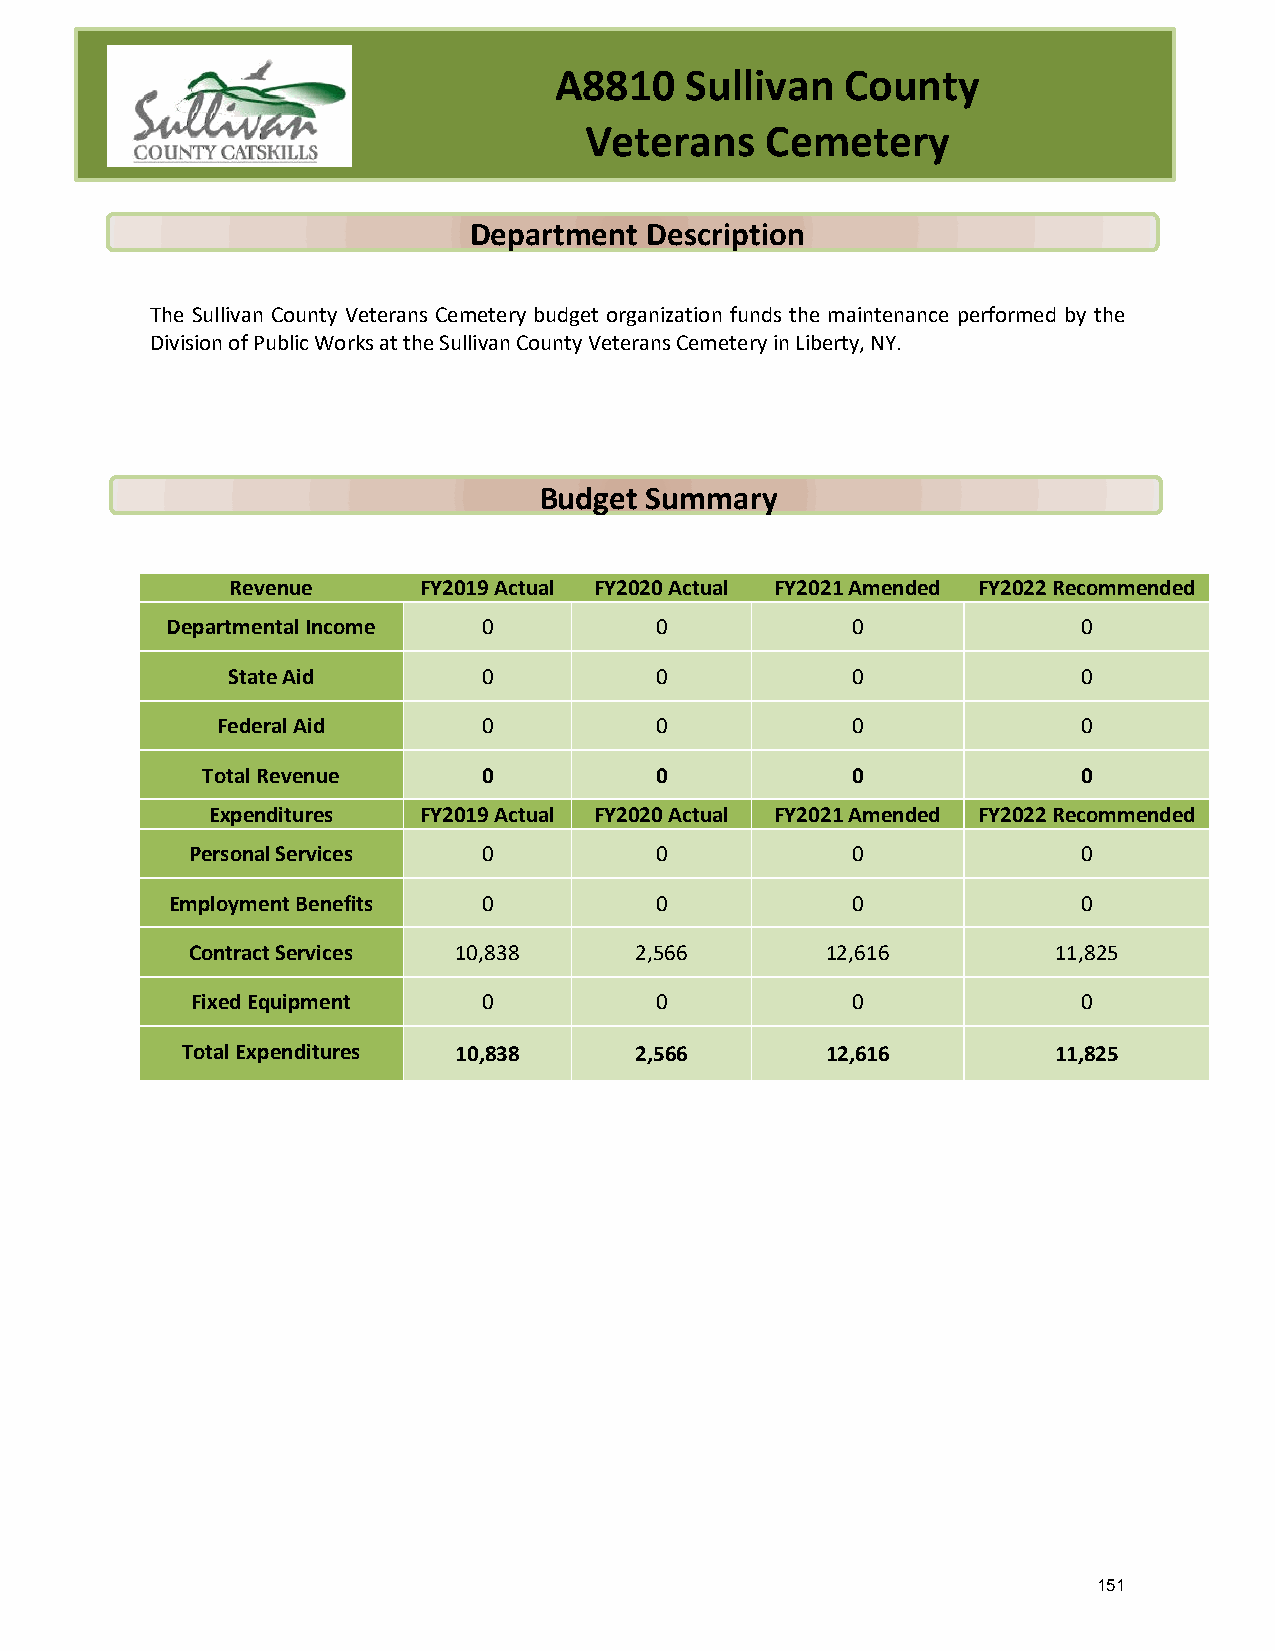
A8810   Sullivan   County
 Veterans    Cemetery
 Department  Description
 The Sullivan County Veterans Cemetery budget organization funds the maintenance performed by the
 Division of Public Works at the Sullivan County Veterans Cemetery in Liberty, NY.
 Budget Summary
 Revenue      FY2019 Actual FY2020 Actual FY2021 Amended FY2022 Recommended
 Departmental Income  0          0            0               0
 State Aid        0          0            0               0
 Federal Aid       0          0            0               0
 Total Revenue      0          0            0               0
 Expenditures  FY2019 Actual FY2020 Actual FY2021 Amended FY2022 Recommended
 Personal Services   0          0            0               0
 Employment Benefits  0          0            0               0
 Contract Services 10,838      2,566        12,616         11,825
 Fixed Equipment    0          0            0               0
 Total Expenditures 10,838     2,566        12,616         11,825
 151